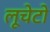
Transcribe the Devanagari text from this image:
लूचेटो